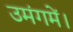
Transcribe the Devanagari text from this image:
उमंगमें।